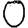
Digit: 0